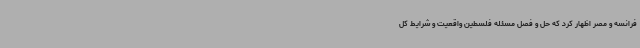
فرانسه و مصر اظهار کرد که حل و فصل مسئله فلسطین واقعیت و شرایط کل